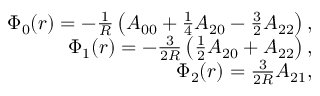
\begin{array} { r l r } & { } & { \Phi _ { 0 } ( r ) = - \frac { 1 } { R } \left( A _ { 0 0 } + \frac { 1 } { 4 } A _ { 2 0 } - \frac { 3 } { 2 } A _ { 2 2 } \right) , } \\ & { } & { \Phi _ { 1 } ( r ) = - \frac { 3 } { 2 R } \left( \frac { 1 } { 2 } A _ { 2 0 } + A _ { 2 2 } \right) , } \\ & { } & { \Phi _ { 2 } ( r ) = \frac { 3 } { 2 R } A _ { 2 1 } , } \end{array}